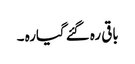
باقی رہ گئے گیارہ ۔